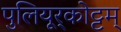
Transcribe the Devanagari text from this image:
पुलियूर्‌कोट्टम्